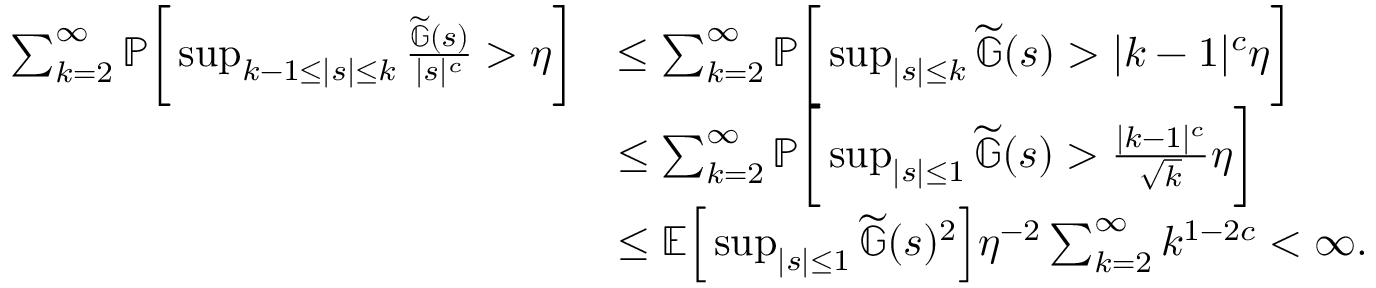
\begin{array} { r l } { \sum _ { k = 2 } ^ { \infty } \mathbb { P } \bigg [ \operatorname* { s u p } _ { k - 1 \leq | s | \leq k } \frac { \widetilde { \mathbb { G } } ( s ) } { | s | ^ { c } } > \eta \bigg ] } & { \leq \sum _ { k = 2 } ^ { \infty } \mathbb { P } \bigg [ \operatorname* { s u p } _ { | s | \leq k } \widetilde { \mathbb { G } } ( s ) > | k - 1 | ^ { c } \eta \bigg ] } \\ & { \leq \sum _ { k = 2 } ^ { \infty } \mathbb { P } \bigg [ \operatorname* { s u p } _ { | s | \leq 1 } \widetilde { \mathbb { G } } ( s ) > \frac { | k - 1 | ^ { c } } { \sqrt { k } } \eta \bigg ] } \\ & { \leq \mathbb { E } \Big [ \operatorname* { s u p } _ { | s | \leq 1 } \widetilde { \mathbb { G } } ( s ) ^ { 2 } \Big ] \eta ^ { - 2 } \sum _ { k = 2 } ^ { \infty } k ^ { 1 - 2 c } < \infty . } \end{array}